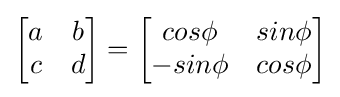
{\begin{bmatrix}a&b\\c&d\end{bmatrix}}={\begin{bmatrix}cos\phi &sin\phi \\-sin\phi &cos\phi \end{bmatrix}}